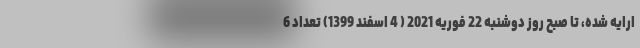
ارایه شده، تا صبح روز دوشنبه 22 فوریه 2021 ( 4 اسفند 1399) تعداد 6